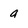
Character: q